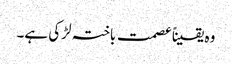
وہ یقیناًعصمت باختہ لڑکی ہے۔